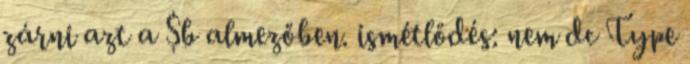
zárni azt a $b almezőben. ismétlődés: nem dc Type